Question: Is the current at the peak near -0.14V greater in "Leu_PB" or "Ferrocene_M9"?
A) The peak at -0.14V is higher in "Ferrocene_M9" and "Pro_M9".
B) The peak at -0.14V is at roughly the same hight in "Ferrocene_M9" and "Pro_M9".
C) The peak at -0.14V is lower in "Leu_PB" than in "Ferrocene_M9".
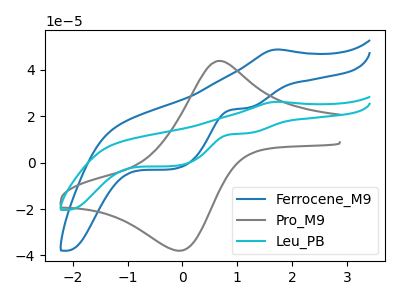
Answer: <think>The blue curve "Ferrocene_M9" has an anodic peak at (1.70V, 48.75uA) and cathodic peaks at (1.15V, 23.50uA) (-0.15V, -2.65uA). The gray curve "Pro_M9" has an anodic peak at (0.65V, 43.85uA) and a cathodic peak at (-0.05V, -37.95uA). The cyan curve "Leu_PB" has an anodic peak at (1.70V, 26.20uA) and cathodic peaks at (1.15V, 12.65uA) (-0.15V, -1.40uA).</think>
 <answer>C) The peak at -0.14V is lower in "Leu_PB" than in "Ferrocene_M9".</answer>
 <eval>C</eval>